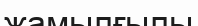
жамылғылы